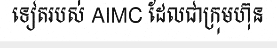
ទៀតរបស់ AIMC ដែលជាក្រុមហ៊ុន